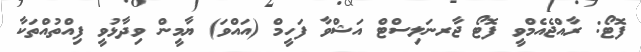
ފޮޓޯ: ރާއްޖެއެމްވީ ފޮޓޯ ޖާރނަލިސްޓް އަޝްވާ ފަހީމް (އައްވަ) ޔާމީން ވިދާޅުވީ ފިއްތުއްތަކާ